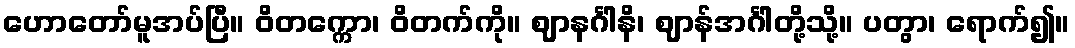
ဟောတော်မူအပ်ပြီ။ ဝိတက္ကော၊ ဝိတက်ကို။ ဈာနင်္ဂါနိ၊ ဈာန်အင်္ဂါတို့သို့။ ပတွာ၊ ရောက်၍။